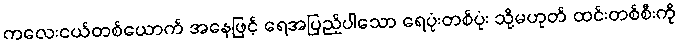
ကလေးငယ်တစ်ယောက် အနေဖြင့် ရေအပြည့်ပါသော ရေပုံးတစ်ပုံး သို့မဟုတ် ထင်းတစ်စီးကို